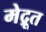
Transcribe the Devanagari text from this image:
मेद्रूत